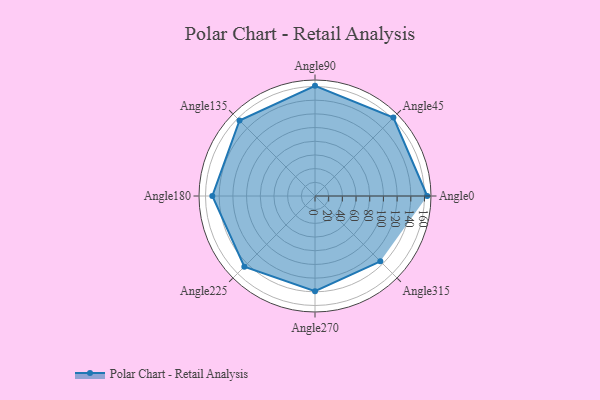
{"axis": {"x": "Angle", "y": "Radius"}, "legend": [""], "data": [{"x": "Angle0", "y": 164.0, "type": ""}, {"x": "Angle45", "y": 162.0, "type": ""}, {"x": "Angle90", "y": 161.0, "type": ""}, {"x": "Angle135", "y": 156.0, "type": ""}, {"x": "Angle180", "y": 150.0, "type": ""}, {"x": "Angle225", "y": 146.0, "type": ""}, {"x": "Angle270", "y": 139.0, "type": ""}, {"x": "Angle315", "y": 135.0, "type": ""}]}